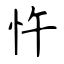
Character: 忤